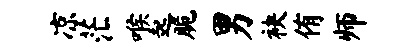
凉茫喉起脆男袂侑师